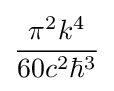
{\frac {\pi ^{2}k^{4}}{60c^{2}\hbar ^{3}}}